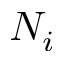
N _ { i }